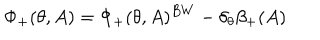
\Phi _ { + } ( \theta , A ) = \Phi _ { + } ( \theta , A ) ^ { B W } - \delta _ { \theta } \beta _ { + } ( A )